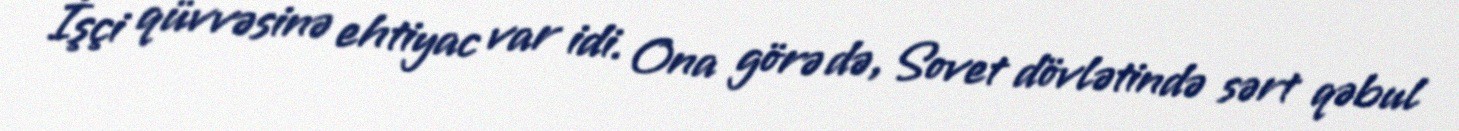
İşçi qüvvəsinə ehtiyac var idi. Ona görə də, Sovet dövlətində sərt qəbul